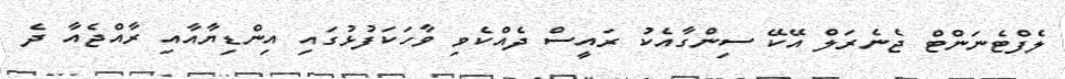
ލެފްޓެނަންޓް ޖެނެރަލް އޭކޭ ސިންގާއެކު ރައީސް ދެއްކެވި ވާހަކަފުޅުގައި އިންޑިޔާއާއި ރާއްޖެއާ ދެ